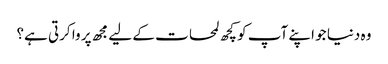
وہ دنیا جو اپنے آپ کو کچھ لمحات کے لیے مجھ پر وا کرتی ہے؟